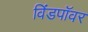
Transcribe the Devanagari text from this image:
विंडपॉवर